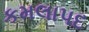
કમલાપદ